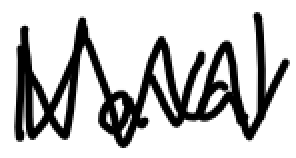
Text: Naval
Cross-out: zig-zag
Writing tool: digital_black